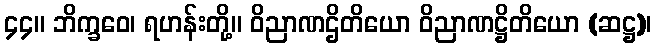
၄၄။ ဘိက္ခဝေ၊ ရဟန်းတို့။ ဝိညာဏဌိတိယော ဝိညာဏဋ္ဌိတိယော (ဆဋ္ဌ)၊